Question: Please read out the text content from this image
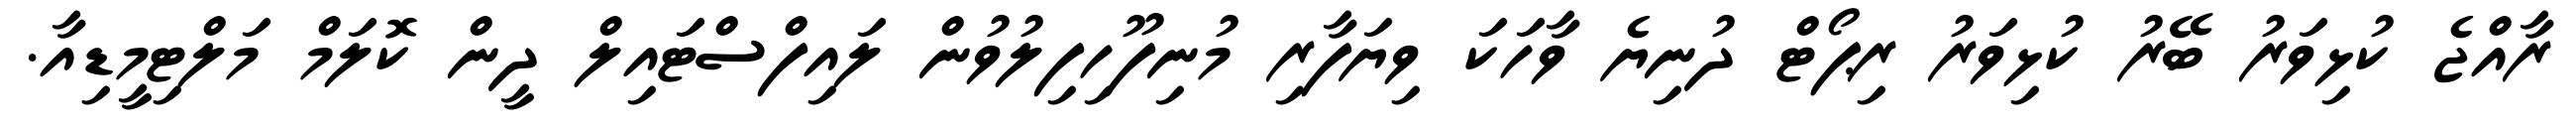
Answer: ރާއްޖެ ކުޅިވަރު ބޭރު ކުޅިވަރު ރިޕޯޓް ދުނިޔެ ވާހަކަ ވިޔަފާރި މުނިފޫހިފިލުވުން ލައިފްސްޓައިލް ދީން ކޮލަމް މަލްޓިމީޑިއާ.